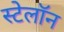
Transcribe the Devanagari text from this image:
स्टेलॉन